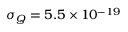
\sigma _ { Q } = 5 . 5 \times 1 0 ^ { - 1 9 }